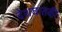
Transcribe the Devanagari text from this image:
देशघातकी